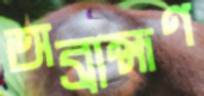
অব্রাহ্মণ